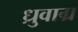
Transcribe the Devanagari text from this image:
ध्रुवाग्र